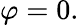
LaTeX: \varphi=0.